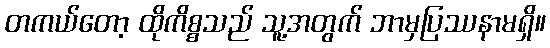
တကယ်တော့ ထိုကိစ္စသည် သူ့အတွက် ဘာမှပြဿနာမရှိ။